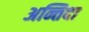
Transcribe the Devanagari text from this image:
अन्तिदा